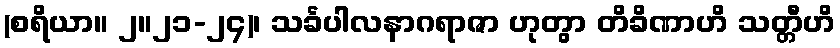
(စရိယာ။ ၂။၂၁-၂၄)၊ သင်္ခပါလနာဂရာဇာ ဟုတွာ တိခိဏာဟိ သတ္တီဟိ